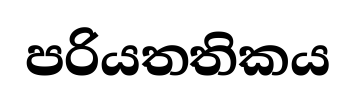
පරියතතිකය